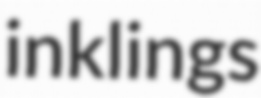
inklings